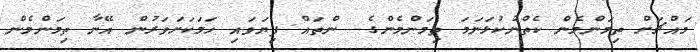
މައްޗަށް ތިމަންމެން ކެތްނުކުޅަނަމަ ތިމަންމެންގެ  ންތައް ފިޔަވައި ހަމަކަށަވަރުން އޭނާ ތިމަންމެން